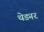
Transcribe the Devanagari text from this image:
थेड्मर